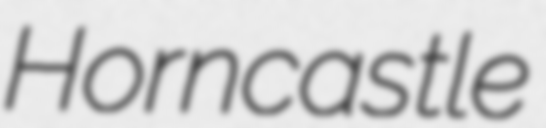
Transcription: Horncastle